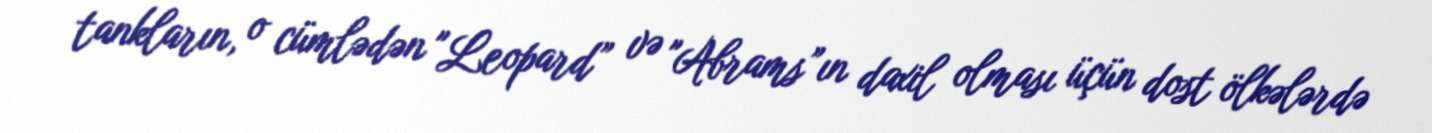
tankların, o cümlədən "Leopard” və "Abrams”ın daxil olması üçün dost ölkələrdə